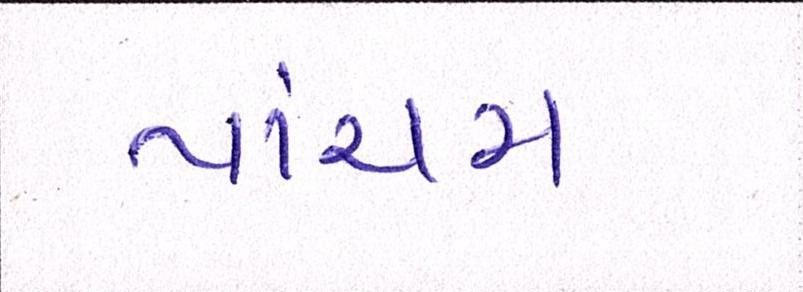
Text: પાંચમ